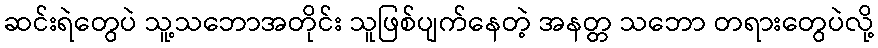
ဆင်းရဲတွေပဲ သူ့သဘောအတိုင်း သူဖြစ်ပျက်နေတဲ့ အနတ္တ သဘော တရားတွေပဲလို့